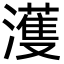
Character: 濩